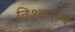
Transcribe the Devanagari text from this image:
विश्‍वनाथ्‍ा